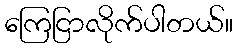
ကြေငြာလိုက်ပါတယ်။